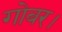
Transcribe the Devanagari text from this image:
गोबर।